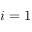
i = 1